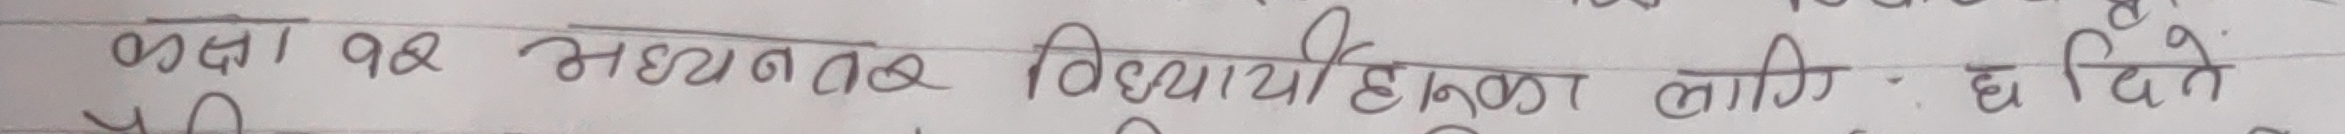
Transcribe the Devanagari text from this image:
कक्षा १२ मध्यन्तर विद्यार्थी हुनुका लागि दिने